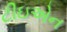
ટીઇએન